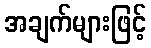
အချက်များဖြင့်